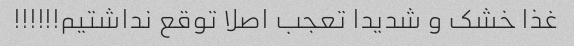
غذا خشک و شدیدا تعجب اصلا توقع نداشتیم!!!!!!